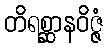
တိရစ္ဆာနဝိဇ္ဇံ